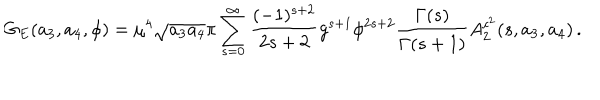
LaTeX: G _ { E } ( a _ { 3 } , a _ { 4 } , \phi ) = \mu ^ { 4 } \sqrt { a _ { 3 } a _ { 4 } } \pi \sum _ { s = 0 } ^ { \infty } \frac { ( - 1 ) ^ { s + 2 } } { 2 s + 2 } g ^ { s + 1 } \phi ^ { 2 s + 2 } \frac { \Gamma ( s ) } { \Gamma ( s + 1 ) } A _ { 2 } ^ { c ^ { 2 } } ( s , a _ { 3 } , a _ { 4 } ) \, .